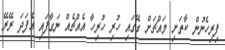
ފިރިހެނުން ކާތަށި މައްޗަށް ގޭގައި ހުރި ހުރިހާ އެއްޗެއް ނަގާފައި އެފަދަ ރޭރޭ